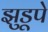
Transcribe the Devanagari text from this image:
झुडूपे